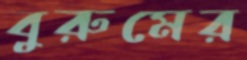
বুরুমের